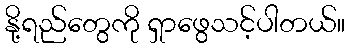
နို့ရည်တွေကို ရှာဖွေသင့်ပါတယ်။